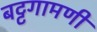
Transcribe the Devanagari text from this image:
बट्टगामणी